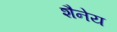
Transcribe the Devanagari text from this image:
शैनेय